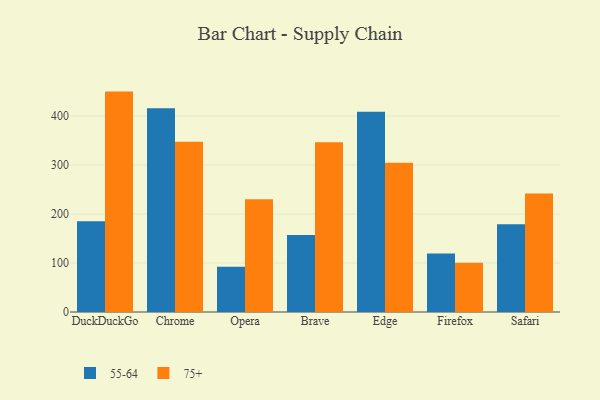
{"axis": {"x": "Browser", "y": "Tickets Resolved"}, "legend": ["55-64", "75+"], "data": [{"x": "DuckDuckGo", "y": 185.2, "type": "55-64"}, {"x": "DuckDuckGo", "y": 449.9, "type": "75+"}, {"x": "Chrome", "y": 415.7, "type": "55-64"}, {"x": "Chrome", "y": 347.3, "type": "75+"}, {"x": "Opera", "y": 92.2, "type": "55-64"}, {"x": "Opera", "y": 230.0, "type": "75+"}, {"x": "Brave", "y": 157.3, "type": "55-64"}, {"x": "Brave", "y": 346.3, "type": "75+"}, {"x": "Edge", "y": 408.9, "type": "55-64"}, {"x": "Edge", "y": 304.6, "type": "75+"}, {"x": "Firefox", "y": 119.6, "type": "55-64"}, {"x": "Firefox", "y": 100.5, "type": "75+"}, {"x": "Safari", "y": 179.1, "type": "55-64"}, {"x": "Safari", "y": 241.8, "type": "75+"}]}